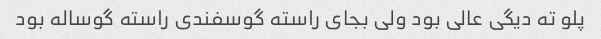
پلو ته دیگی عالی بود ولی بجای راسته گوسفندی راسته گوساله بود